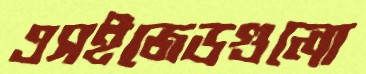
এসইজেডগুলো